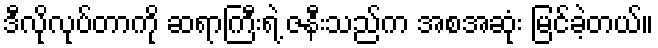
ဒီလိုလုပ်တာကို ဆရာကြီးရဲ့ ဇနီးသည်က အစအဆုံး မြင်ခဲ့တယ်။